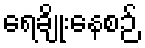
ရေချိုးနေစဉ်